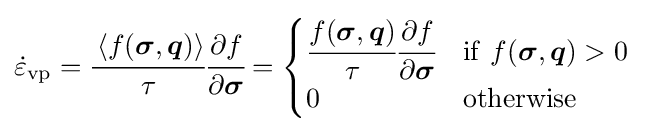
{\dot {\varepsilon }}_{\mathrm {vp} }={\cfrac {\left\langle f({\boldsymbol {\sigma }},{\boldsymbol {q}})\right\rangle }{\tau }}{\cfrac {\partial f}{\partial {\boldsymbol {\sigma }}}}={\begin{cases}{\cfrac {f({\boldsymbol {\sigma }},{\boldsymbol {q}})}{\tau }}{\cfrac {\partial f}{\partial {\boldsymbol {\sigma }}}}&{\rm {if}}~f({\boldsymbol {\sigma }},{\boldsymbol {q}})>0\\0&{\rm {otherwise}}\\\end{cases}}